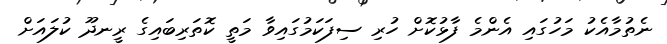
ނެތުމާއެކު މަހުގައި އެންމެ ފާޅުކޮށް ހުރި ސިފަކަމުގައިވާ މަތީ ކޮތަރިބައިގެ ރީނދޫ ކުލައަށް